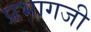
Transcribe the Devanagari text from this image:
प्रभागजी